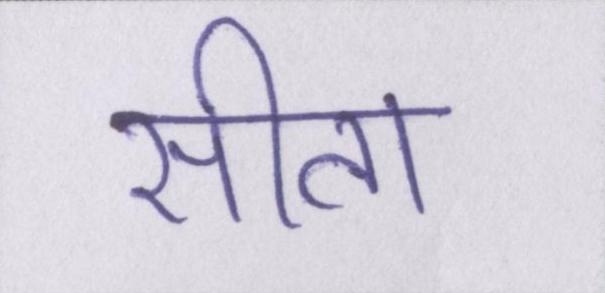
सीता